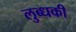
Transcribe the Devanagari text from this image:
लुब्धकी